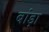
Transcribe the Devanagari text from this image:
बांड़ा